Scottish Leaving Certificate Examination, 1958
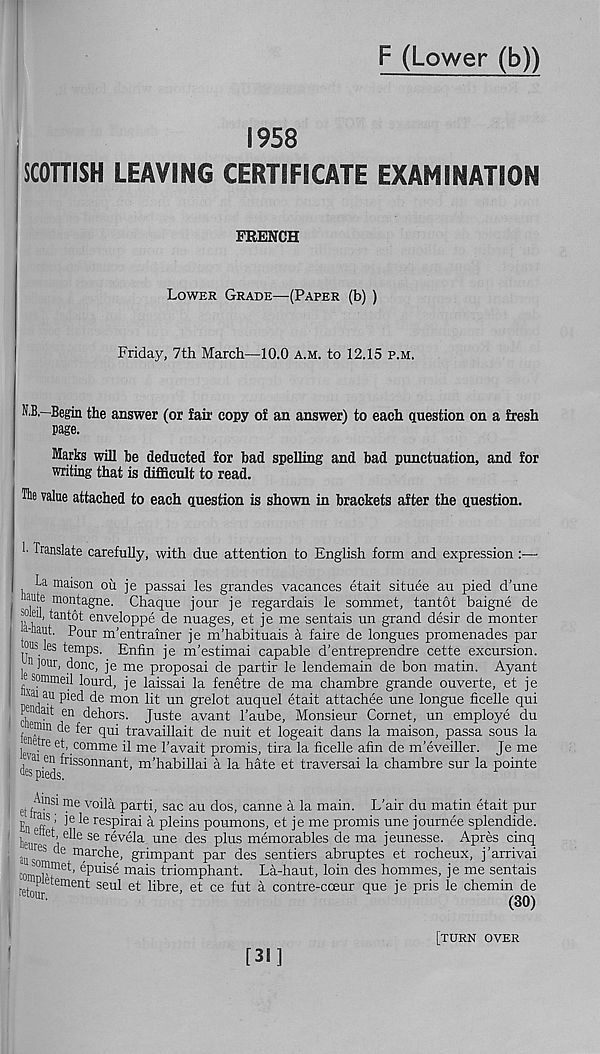
F (Lower (b))
1958
SCOTTISH LEAVING CERTIFICATE EXAMINATION
FRENCH
Lower Grade—(Paper (b) )
Friday, 7th March—10.0 a.m. to 12.15 p.m.
N.B.—Begin the answer (or fair copy of an answer) to each question on a fresh
page.
Marks will he deducted for bad spelling and bad punctuation, and for
writing that is difficult to read.
Tie value attached to each question is shown in brackets after the question.
!• Translate carefully, with due attention to English form and expression :—-
La maison oil je passai les grandes vacances etait situee au pied d’une
ante montagne. Chaque jour je regardais le sommet, tantot baigne de
■ ’°teil, tantot enveloppe de nuages, et je me sentais un grand desir de monter
«iaut. Pour m’entrainer je m’habituais a faire de longues promenades par
I? . 65 temps. Enfin je m’estimai capable d'entreprendre cette excursion.
1^1 jour, done, je me proposai de partir le lendemain de bon matin. Ayant
sommeil lourd, je laissai la fenetre de ma chambre grande ouverte, et je
x ai au pied de mon lit un grelot auquel etait attachee une longue ficelle qui
P® ait en dehors. Juste avant 1’aube, Monsieur Cornet, un employe du
j e .® ln fer qui travaillait de nuit et logeait dans la maison, passa sous la
I . e t comme il me 1’avait promis, tira la ficelle afin de m’eveiller. Je me
frissonnant, m’habillai a la hate et traversal la chambre sur la pointe
Ainsi me voila parti, sac au dos, canne a la main. L’air du matin etait pur
EnT ^ ^ res Pi ra i a pleins poumons, et je me promis une journee splendide.
h 6
se revela une des plus memorables de ma jeunesse. Apres cinq
a
res de marche, grimpant par des sentiers abruptes et rocheux, j'arrivai
--t, epuise mais triomphant. La-haut, loin des hommes, je me sentais
Ptetement seul et libre, et ce fut a contre-cceur que je pris le chemin de
Wour.
4 j e
(3o)
[31]
[turn over